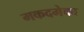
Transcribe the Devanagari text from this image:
मकदमेका